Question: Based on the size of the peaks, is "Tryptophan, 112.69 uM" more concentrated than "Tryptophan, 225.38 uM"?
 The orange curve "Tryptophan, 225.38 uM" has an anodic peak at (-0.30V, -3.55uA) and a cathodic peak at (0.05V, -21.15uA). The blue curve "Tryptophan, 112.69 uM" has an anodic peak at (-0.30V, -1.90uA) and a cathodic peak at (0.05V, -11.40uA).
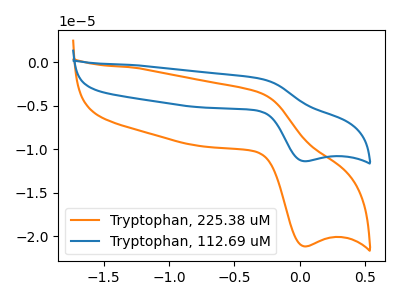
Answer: <think>All the peaks in "Tryptophan, 225.38 uM" have a peak in "Tryptophan, 112.69 uM" at the same potential.
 </think>
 <answer>I cant tell if "Tryptophan, 225.38 uM" or "Tryptophan, 112.69 uM" has higher concentration.</answer>
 <eval>mixed_concentration</eval>